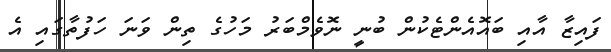
ފައިޒާ އާއި ބައޮއެންޓެކުން ބުނީ ނޮވެމްބަރު މަހުގެ ތިން ވަނަ ހަފުތާގައި އެ